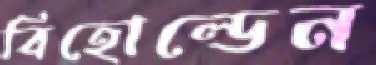
বিহোল্ডেন